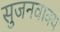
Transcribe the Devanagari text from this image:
सुजनवाक्य